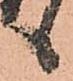
候